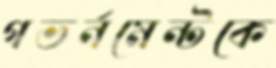
গভর্নমেন্টকে